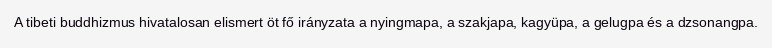
A tibeti buddhizmus hivatalosan elismert öt fő irányzata a nyingmapa, a szakjapa, kagyüpa, a gelugpa és a dzsonangpa.